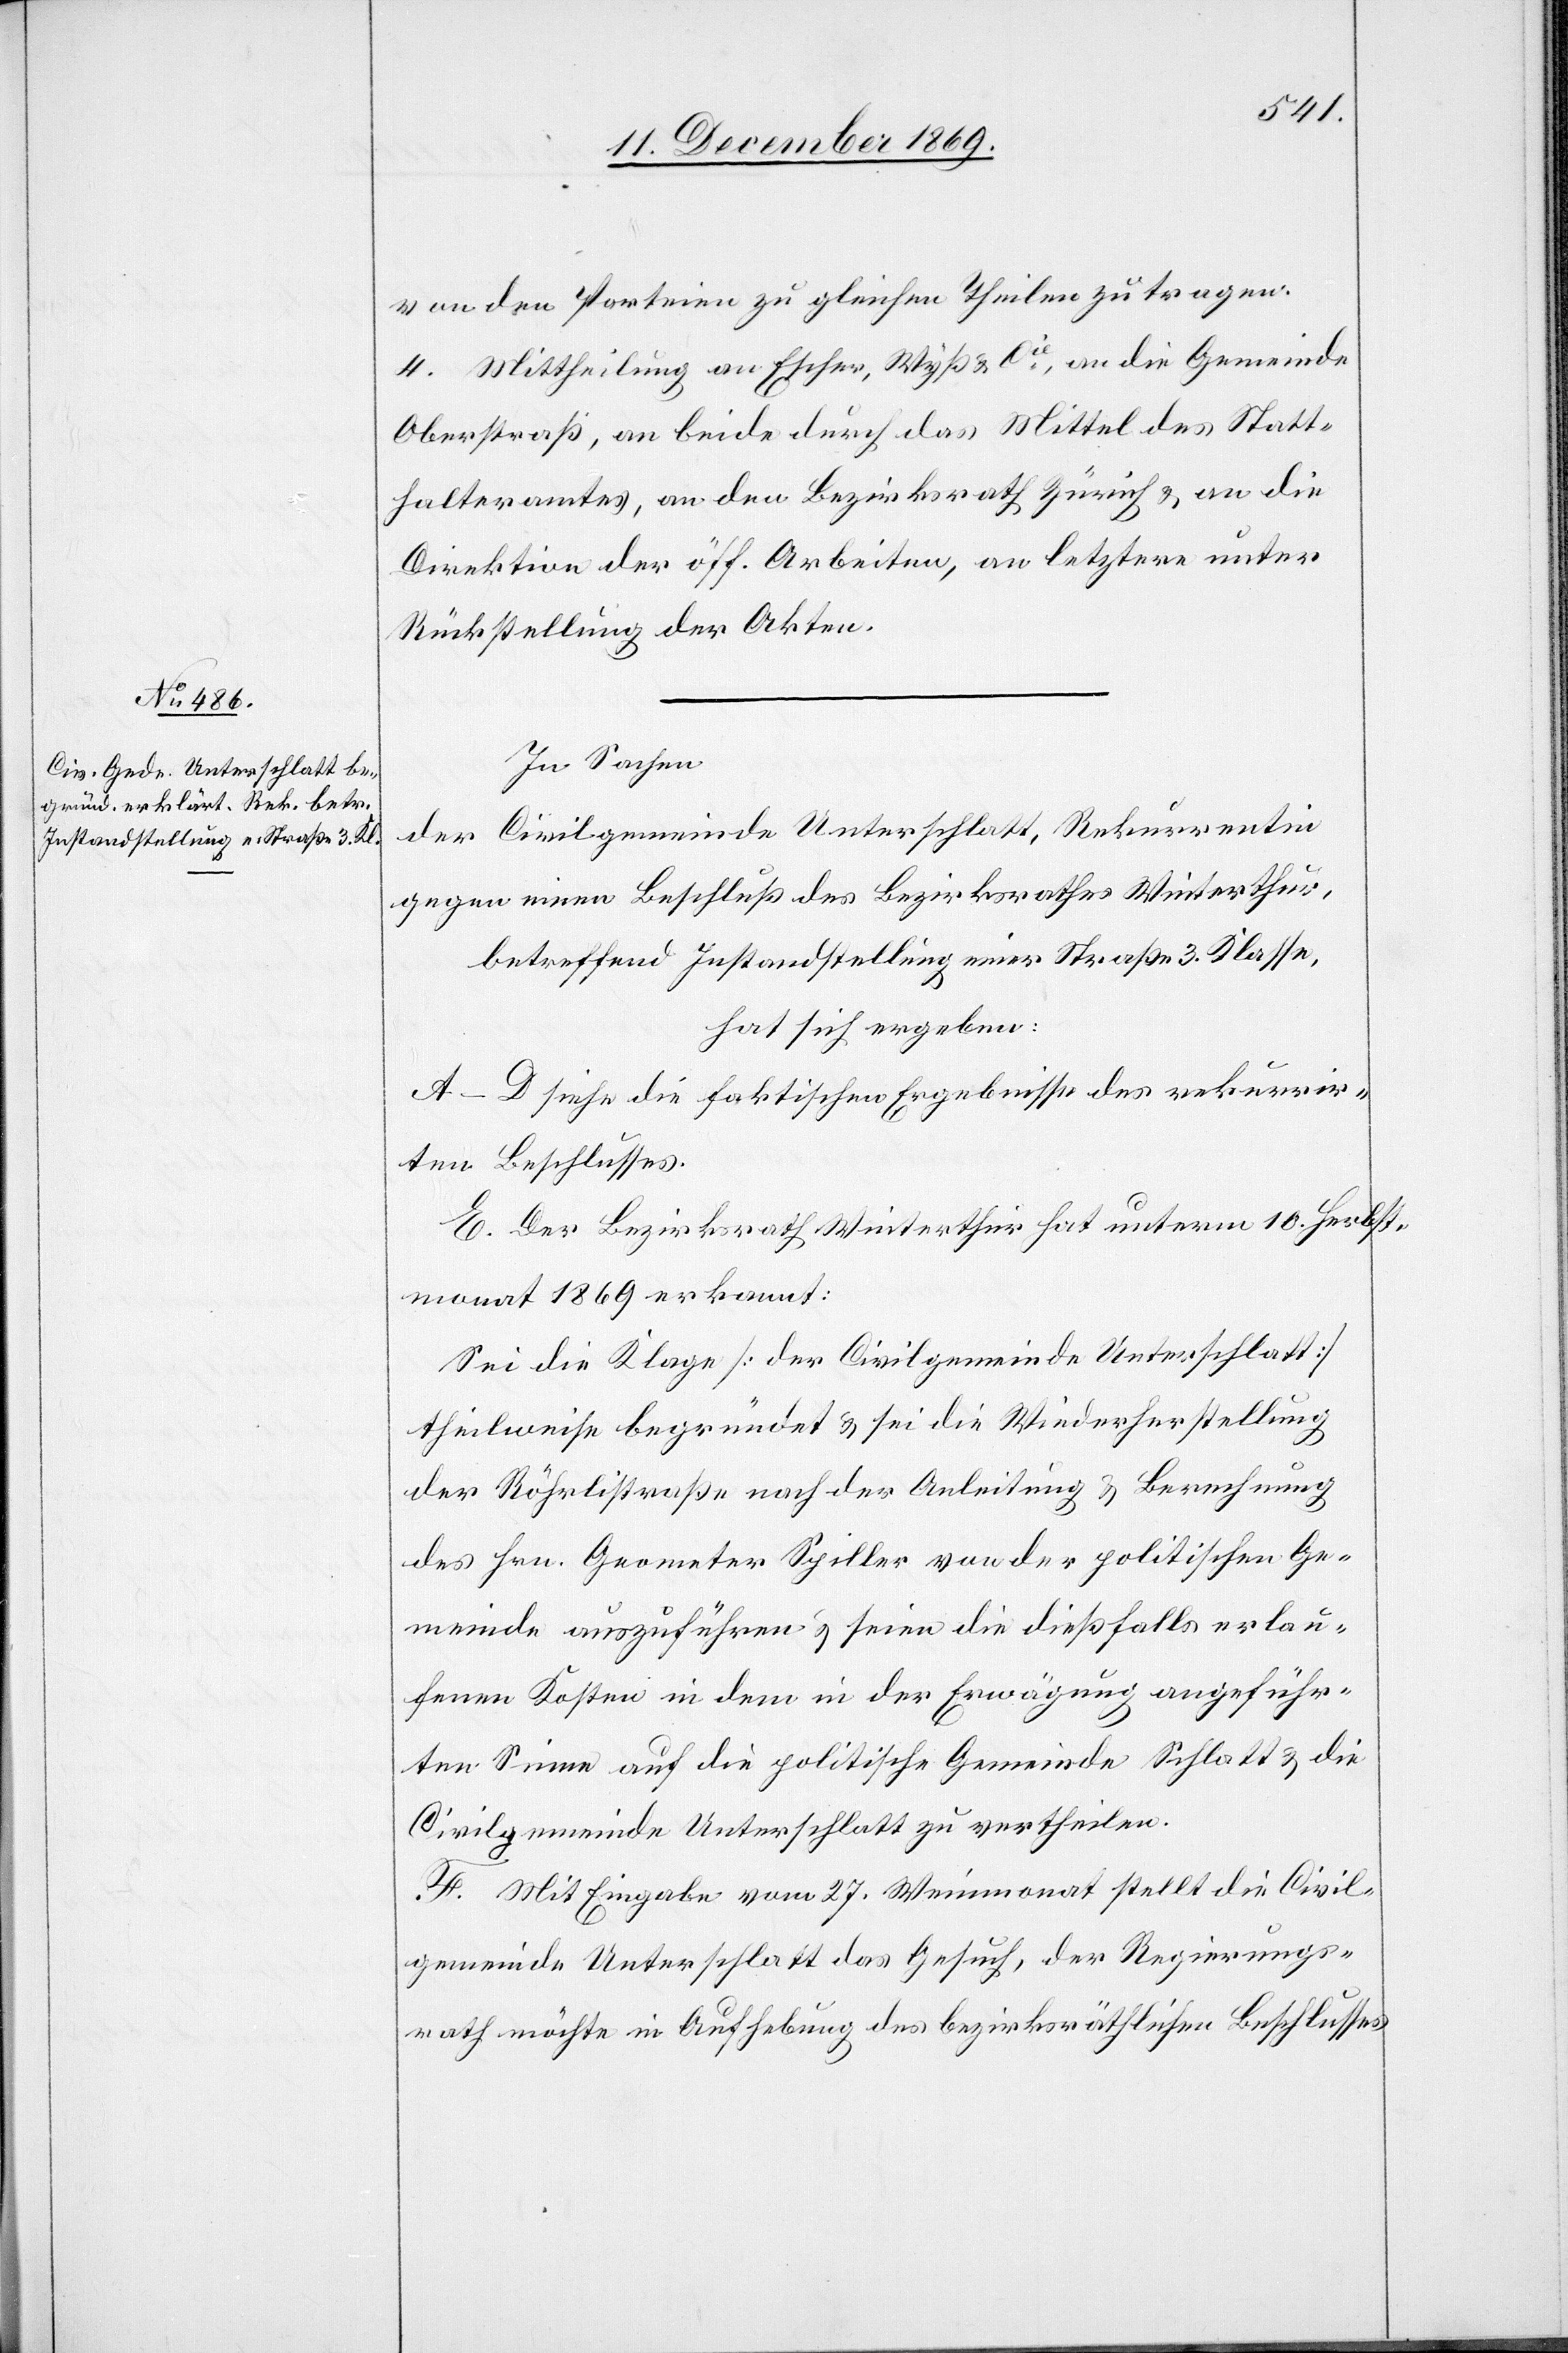
von den Parteien zu gleichen Theilen zu tragen.
4. Mittheilung an Escher, Wyß & Cie, an die Gemeinde
Oberstraß, an beide durch das Mittel des Statt¬
halteramtes, an den Bezirksrath Zürich & an die
Direktion der öff. Arbeiten, an letztere unter
Rückstellung der Akten.
In Sachen
der Civilgemeinde Unterschlatt, Rekurrentin
gegen einen Beschluß des Bezirksrathes Winterthur,
betreffend Instandstellung einer Straße 3. Klasse,
hat sich ergeben:
A–D siehe die faktischen Ergebnisse des rekurrir¬
ten Beschlusses.
E. Der Bezirksrath Winterthur hat unterm 10. Herbst¬
monat 1869 erkannt:
Sei die Klage [der Civilgemeinde Unterschlatt]
theilweise begründet & sei die Wiederherstellung
der Röhrlistraße nach der Anleitung & Berechnung
des Hrn. Geometer Spiller von der politischen Ge¬
meinde auszuführen & seien die dießfalls erlau¬
fenen Kosten in dem in der Erwägung angeführ¬
ten Sinne auf die politische Gemeinde Schlatt & die
Civilgemeinde Unterschlatt zu vertheilen.
F. Mit Eingabe vom 27. Weinmonat stellt die Civil¬
gemeinde Unterschlatt das Gesuch, der Regierungs¬
rath möchte in Aufhebung des bezirksräthlichen Beschlusses